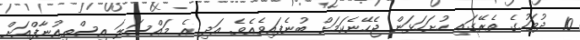
10 ދުވަހުގެ ތެރޭގައި ހުށަހަޅަން ޖެހޭނެކަމަށް ބުނެފައިވެއެވެ. އަދި އެ މައްސަލަ އިސްތިއުނާފްއަށް